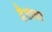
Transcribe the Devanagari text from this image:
द्वैतावर